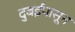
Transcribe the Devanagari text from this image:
दुबईपासून